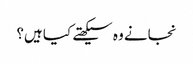
نجانے وہ سیکھتے کیا ہیں؟